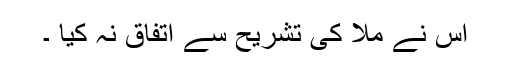
اس نے ملّا کی تشریح سے اتفاق نہ کیا ۔